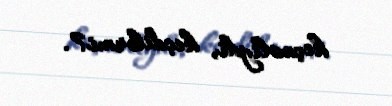
keçməliydi, keçdilərmi?.